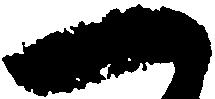
一